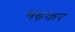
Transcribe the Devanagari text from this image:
मढ़कर